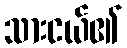
သားငယ်၏